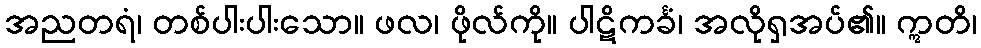
အညတရံ၊ တစ်ပါးပါးသော။ ဖလ၊ ဖိုလ်ကို။ ပါဋိကင်္ခံ၊ အလိုရှအပ်၏။ ဣတိ၊